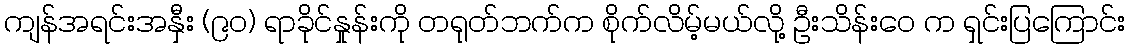
ကျန်အရင်းအနှီး (၉၀) ရာခိုင်နှုန်းကို တရုတ်ဘက်က စိုက်လိမ့်မယ်လို့ ဦးသိန်းဝေ က ရှင်းပြကြောင်း